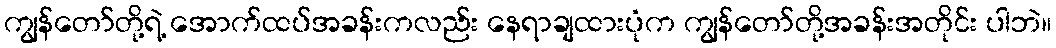
ကျွန်တော်တို့ရဲ့ အောက်ထပ်အခန်းကလည်း နေရာချထားပုံက ကျွန်တော်တို့အခန်းအတိုင်း ပါဘဲ။